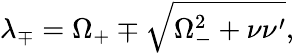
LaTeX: \lambda_{\mp}=\Omega_{+}\mp\sqrt{\Omega_{-}^{2}+\nu\nu^{\prime}},